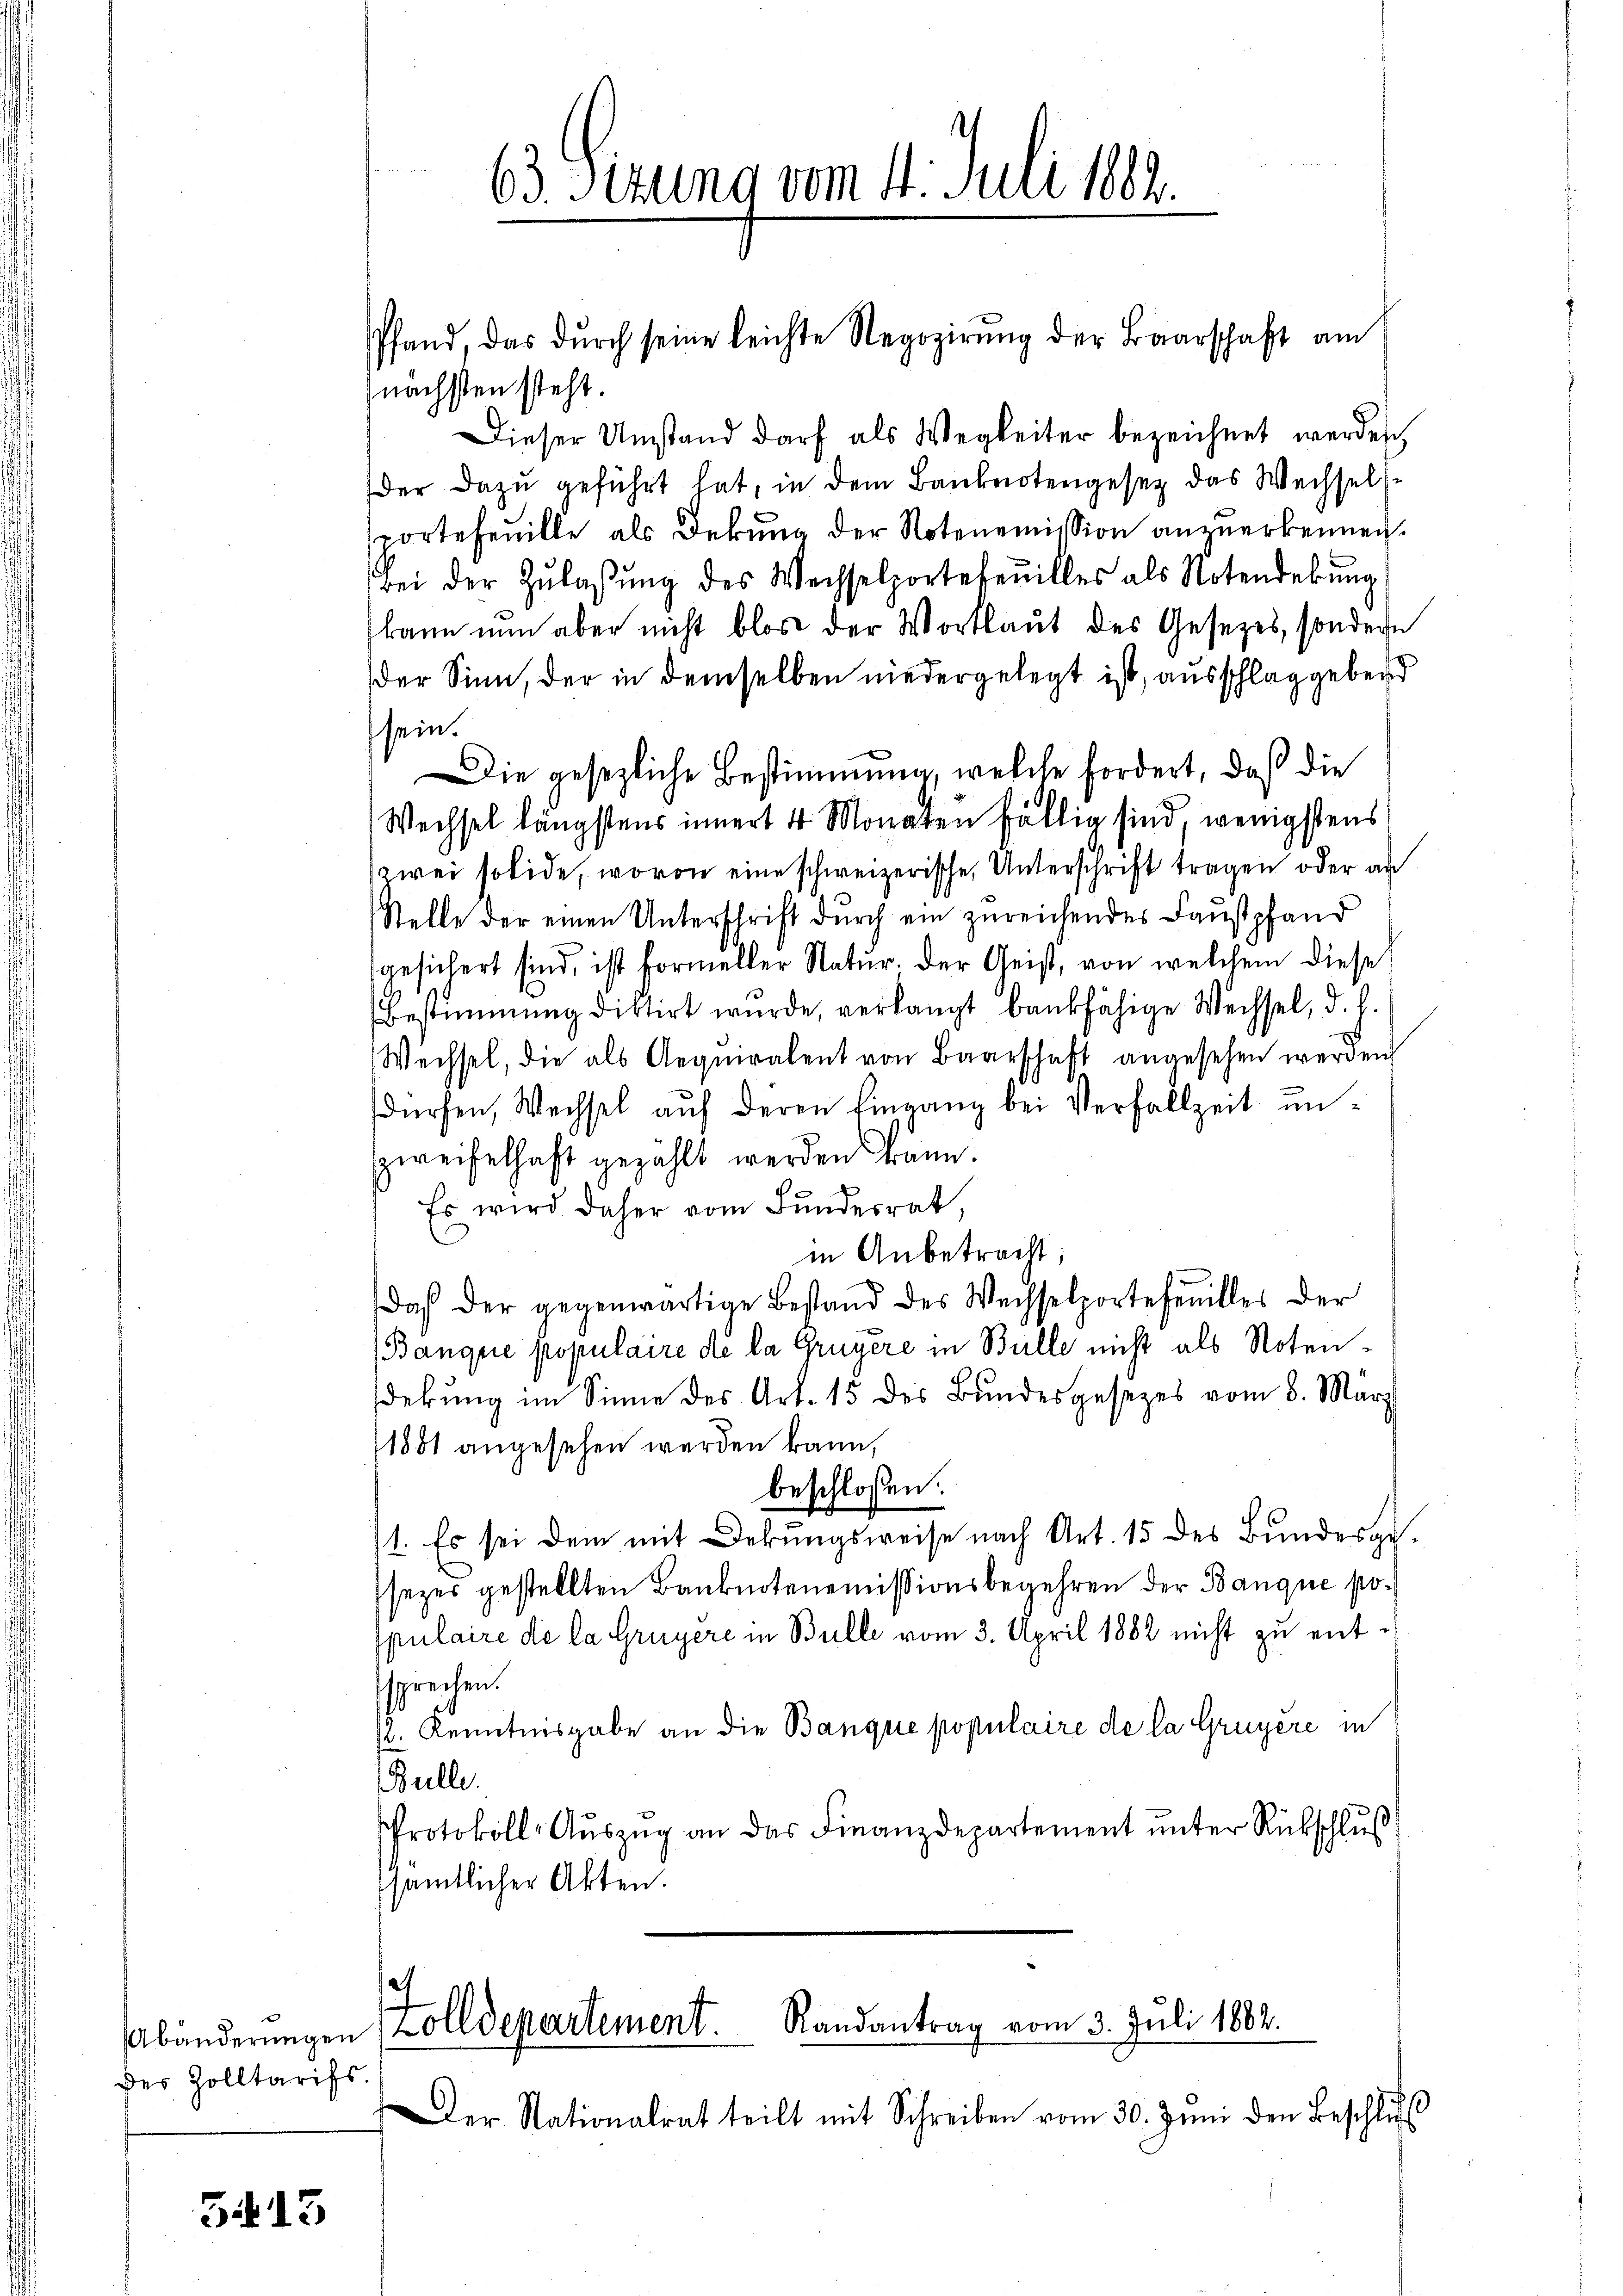
Abänderungen
des Zolltarifs.

5413

nächsten steht.
Dieser Umstand darf als Wegkeiter bezeichnet werden,
der dazu geführt hat, in dem Banknotengesetz das Wechselse
sportefeuille als Dekung der Notenemission anzuerkennen.
bei der Zulassung des Wechselportetenilles als Notenderung
kann nun aber nicht blos der Wortlaut des Gesetzes, sondern
der Sinn, der in demselben niedergelegt ist, ausschlag gebend
sein.
Die gesezliche Bestimmung, welche fordert, daß die
Wechsel längstens innert 4 Monaten fällig sind, wenigstens
wei solide, wovon eine schweizerische Unterschrift tragen oder an
Stelle der einen Unterschrift durch ein zureichendes Faustpfand
gesichert sind, ist formeller Natur. Der Geist, von welchem diese
Bestimmung distirt wurde, verlangt bankfähige Wechsel, d. d.
Wechsel, die als Aequiralent von Baarschaft angesehen werden
dürfen, Wechsel aŭf deren Eingang bei Verfallzeit unzweifelhaft gezählt werden kann.
Es wird daher vom Bundesrat,
in Anbetracht:
daß der gegenwärtige Bestand des Wechselportefenilles der
(Banque populaire de la Gruyere in Bulle nicht als Noten-
dekung im Sinne des Art. 15 des Bundesgesetzes vom 8. März
11881 angesehen werden kann,
beschlossen:
1. Es sei dem mit Dekungsweise nach Art. 15 des Bundergesezer gestellten Banknotenemissionsbegehren der Banque populaire die la Gruyère in Bulle vom 3. April 1882 nicht zu entssprechen.
s. Kenntnisgabe an die Banque populaire de la Gruyère in
Bulle.
Protokoll-Aŭszŭg an das Finanzdepartement ŭnter Rückschluß
sämtlicher Akten.

63. Sizung vom 4. Juli 1882.

Pfand, das dŭrch seine leichte Regozirŭng der Baarschaft am

.
Zolldepartement. Randantrag vom 3. Juli 1882.

Der Nationalrat teilt mit Schreiben vom 30. Jŭni den Beschlŭs